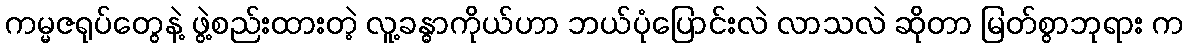
ကမ္မဇရုပ်တွေနဲ့ ဖွဲ့စည်းထားတဲ့ လူ့ခန္ဓာကိုယ်ဟာ ဘယ်ပုံပြောင်းလဲ လာသလဲ ဆိုတာ မြတ်စွာဘုရား က